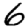
Digit: 6